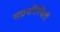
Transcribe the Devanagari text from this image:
सद्यपरिस्थिती